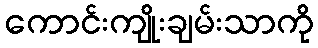
ကောင်းကျိုးချမ်းသာကို